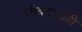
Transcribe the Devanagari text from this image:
जीवनालाही